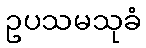
ဥပသမသုခံ